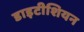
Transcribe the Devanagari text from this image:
डाइटीशियन